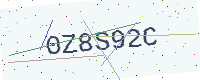
Text: 0Z8S92C